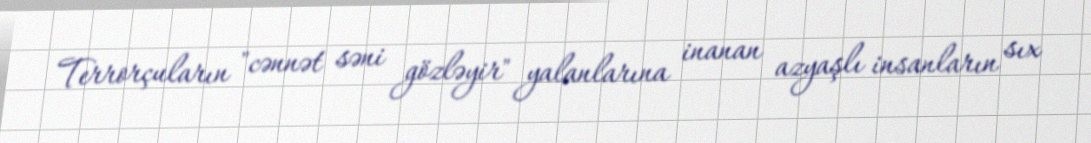
Terrorçuların "cənnət səni gözləyir" yalanlarına inanan azyaşlı insanların sıx